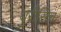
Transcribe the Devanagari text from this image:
युरीसिच